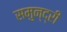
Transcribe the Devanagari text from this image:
समुन्द्री